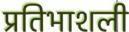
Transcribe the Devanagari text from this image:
प्रतिभाशली